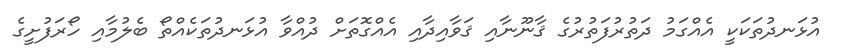
އުޅަނދުތަކަކީ އެއްގަމު ދަތުރުފަތުރުގެ ޤާނޫނާއި ޤަވާއިދާއި އެއްގޮތަށް ދުއްވާ އުޅަނދުތަކެއްތޯ ބެލުމާއި ހޯރަފުށީގެ